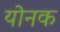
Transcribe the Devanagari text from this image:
योनक